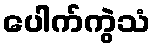
ပေါက်ကွဲသံ